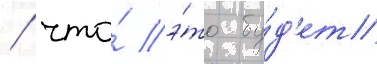
/ что́ э́то бу́д'ет